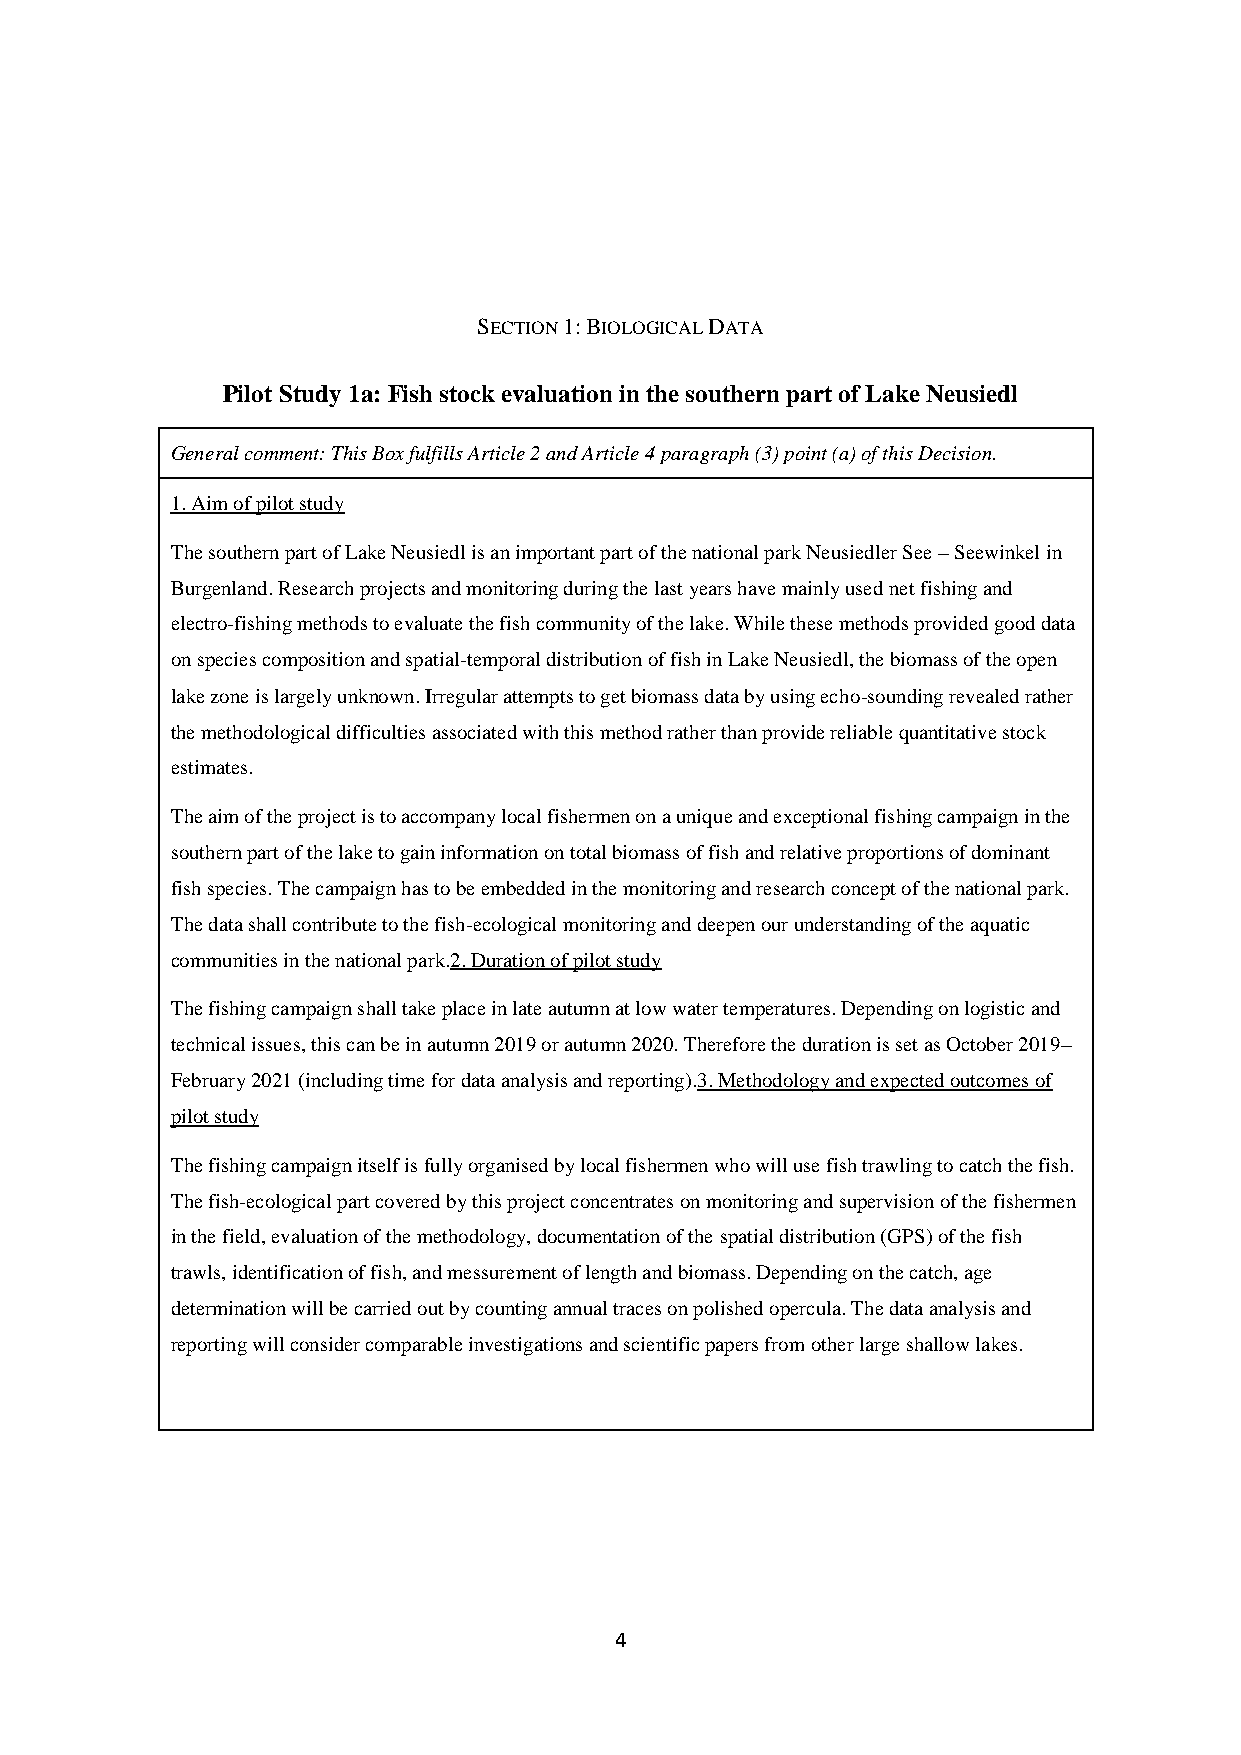
SECTION 1: BIOLOGICAL DATA
 Pilot Study 1a: Fish stock evaluation in the southern part of Lake Neusiedl
 General comment: This Box fulfills Article 2 and Article 4 paragraph (3) point (a) of this Decision.
 1. Aim of pilot study
 The southern part of Lake Neusiedl is an important part of the national park Neusiedler See – Seewinkel in
 Burgenland. Research projects and monitoring during the last years have mainly used net fishing and
 electro-fishing methods to evaluate the fish community of the lake. While these methods provided good data
 on species composition and spatial-temporal distribution of fish in Lake Neusiedl, the biomass of the open
 lake zone is largely unknown. Irregular attempts to get biomass data by using echo-sounding revealed rather
 the methodological difficulties associated with this method rather than provide reliable quantitative stock
 estimates.
 The aim of the project is to accompany local fishermen on a unique and exceptional fishing campaign in the
 southern part of the lake to gain information on total biomass of fish and relative proportions of dominant
 fish species. The campaign has to be embedded in the monitoring and research concept of the national park.
 The data shall contribute to the fish-ecological monitoring and deepen our understanding of the aquatic
 communities in the national park.2. Duration of pilot study
 The fishing campaign shall take place in late autumn at low water temperatures. Depending on logistic and
 technical issues, this can be in autumn 2019 or autumn 2020. Therefore the duration is set as October 2019–
 February 2021 (including time for data analysis and reporting).3. Methodology and expected outcomes of
 pilot study
 The fishing campaign itself is fully organised by local fishermen who will use fish trawling to catch the fish.
 The fish-ecological part covered by this project concentrates on monitoring and supervision of the fishermen
 in the field, evaluation of the methodology, documentation of the spatial distribution (GPS) of the fish
 trawls, identification of fish, and messurement of length and biomass. Depending on the catch, age
 determination will be carried out by counting annual traces on polished opercula. The data analysis and
 reporting will consider comparable investigations and scientific papers from other large shallow lakes.
 4